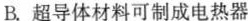
B.超导体材料可制成电热器